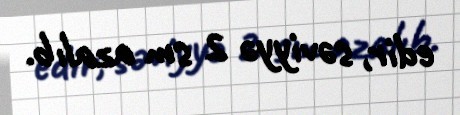
edir, səviyyə 2 sm azalıb.